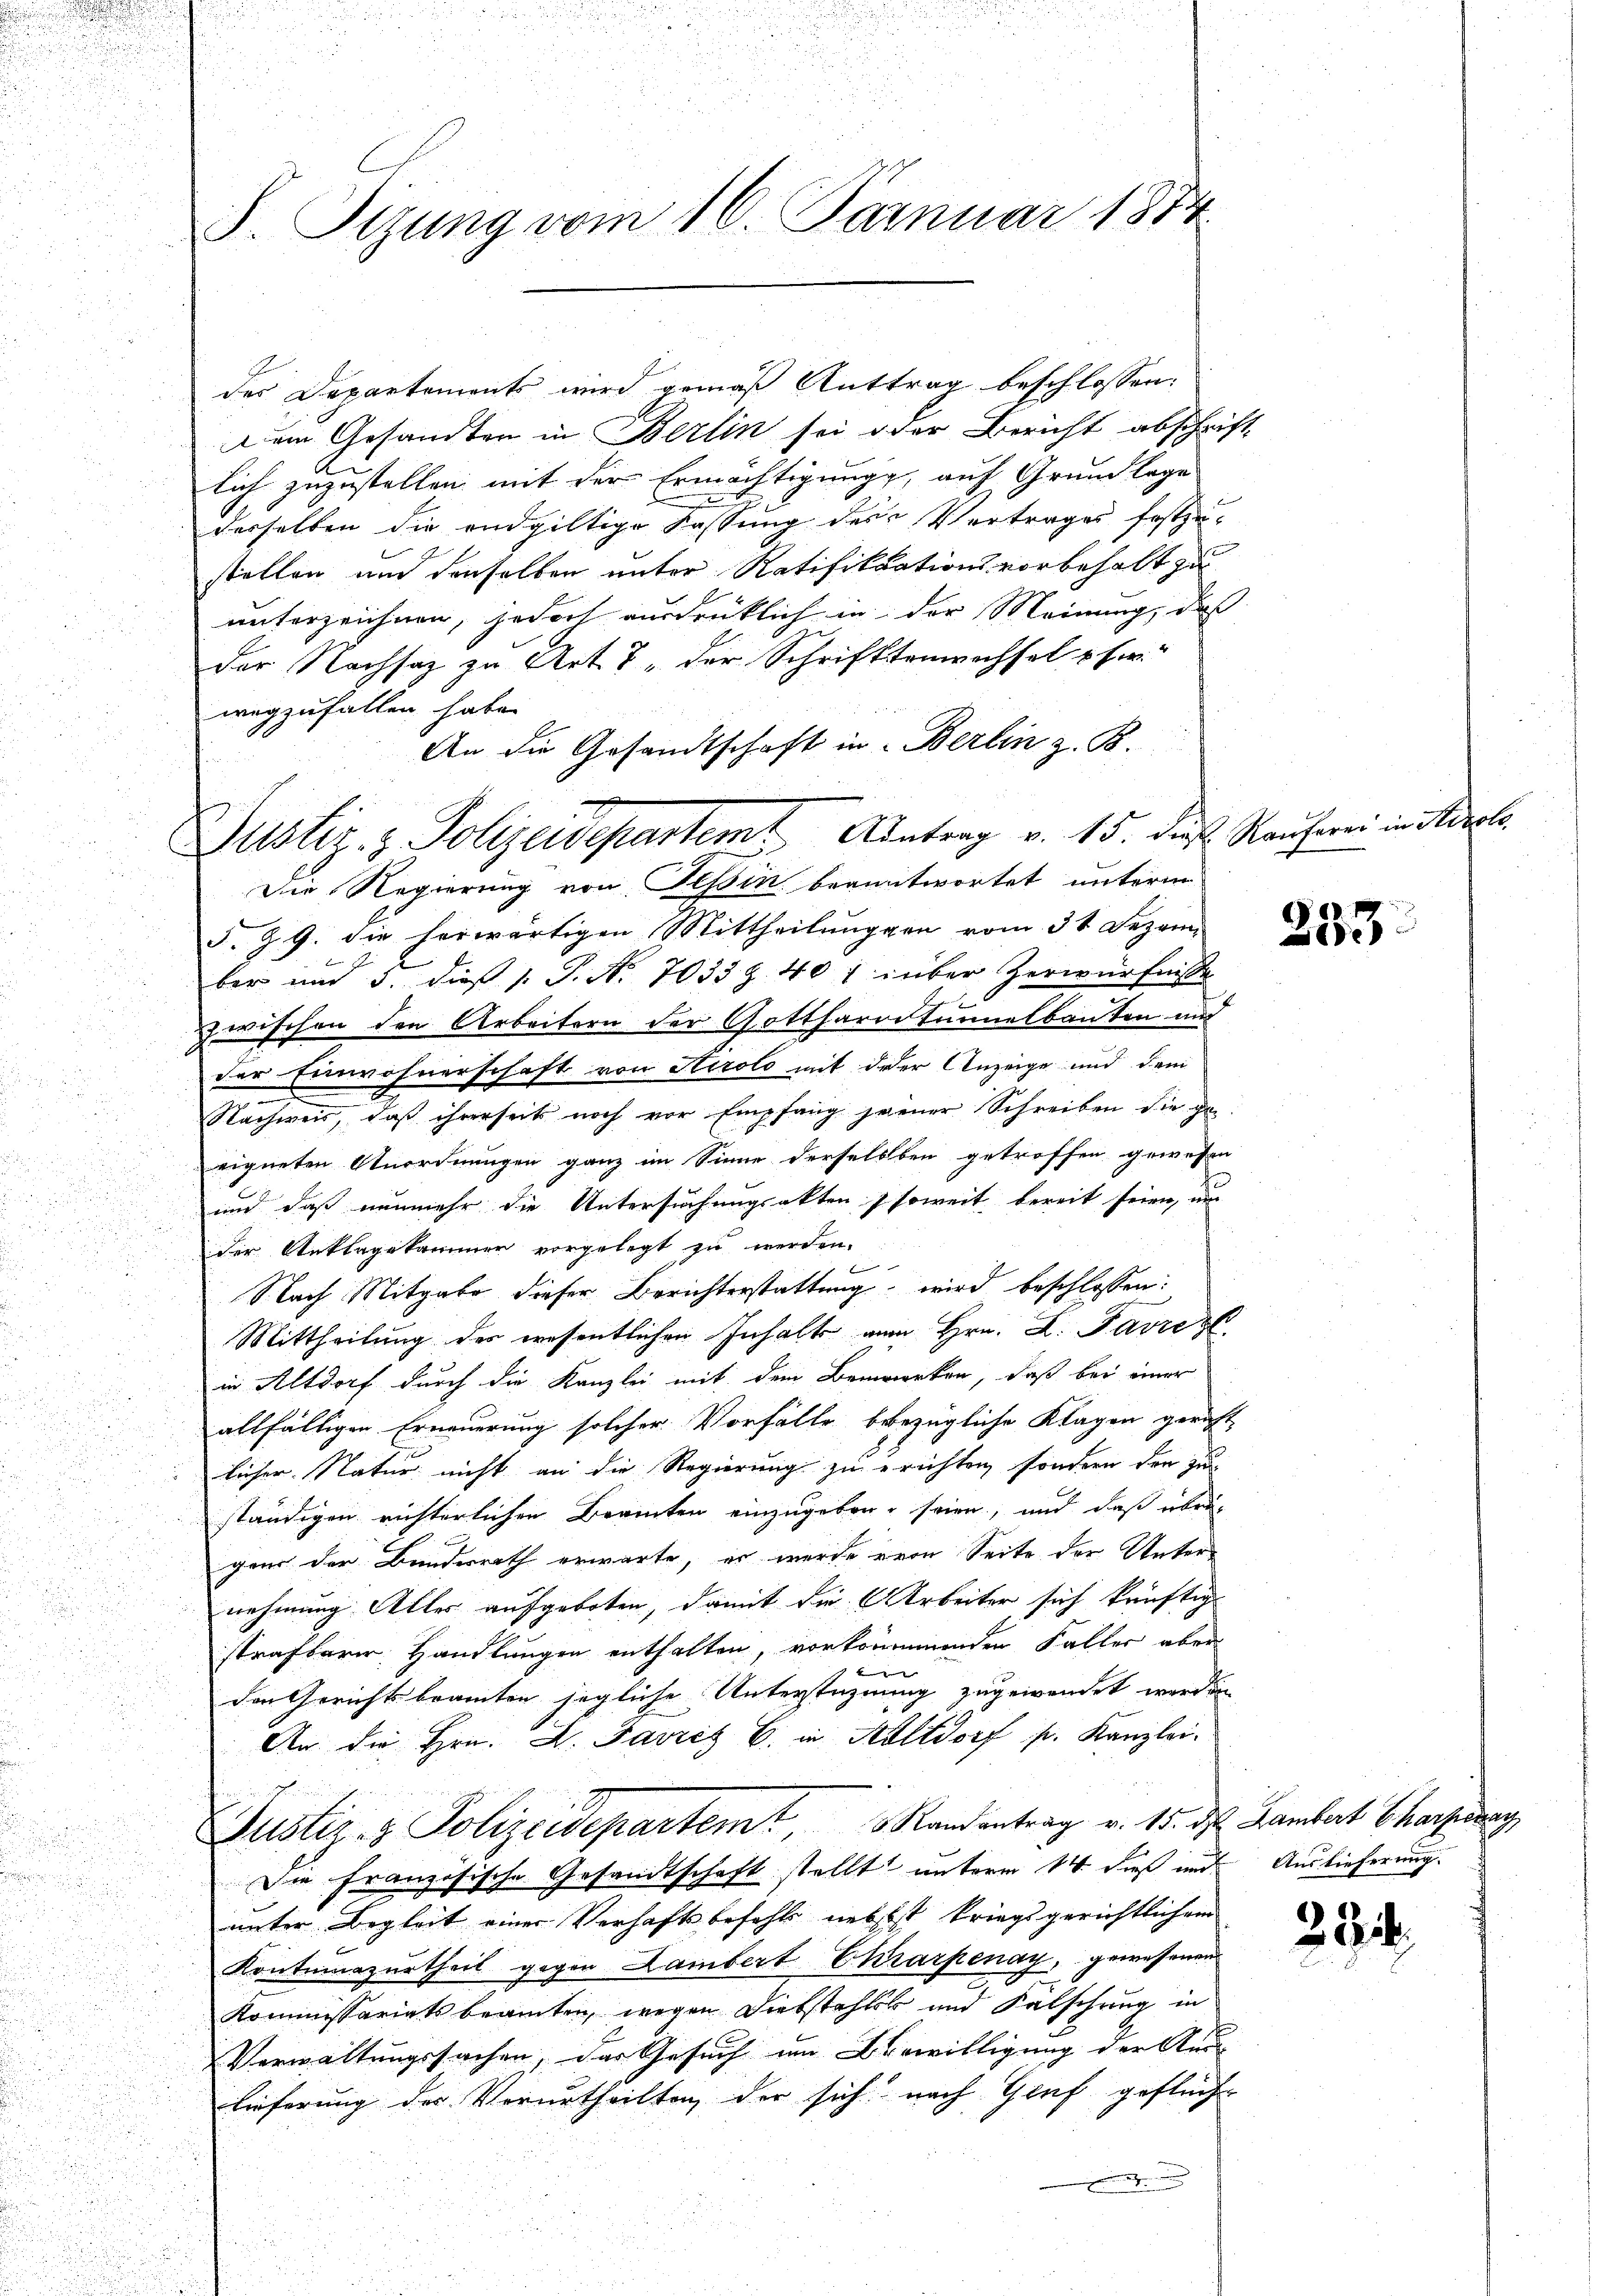
S. Tizung vom 16. Farnuar 1874.

Justiz- & Polizeidepartemt Antrag v. 15. das Rauherei in Airole

des Departements wird gemäß Anttrag beschlossen:
Dem Gesandten in Berlin sei oder Bericht abschrift-
lich zuzustellen mit der Ermächtigung, auf Grundlage
desselben die endgültige Fassung des Vertrages festzu-
stellen und denselben unter Ratifikations vorbehalt zu
unterzeichnen, jedoch ausdrücklich in der Meinung, daß
der Nachsatz zu Art. 7, der Schriftenwechsel per
wegzufallen habe.
An die Gesandtschaft in Berlin z. B.
Die Regierung von Tessin beantwortet unterm
§. 9. die herwärtigen Mittheilungen vom 31 Dezem
ber und 5. dieß s. P. Nr. 7033 § 407 über Zerwürfnisse
zwischen den Arbeitern der Gotthardtunnelbauten und
der Einwohnerschaft von Hirolo mit der Anzeige und dem
Nachweis, daß ihrerseits noch vor Empfang jener Schreiben die ge-
eigneten Anordnungen ganz im Sinne derselben getroffen gewesen
und daß nunmehr die Untersuchungsakten soweit bereit seien, um
u
der Anklagekammer vorgelegt zu werden.

Nach Mitgabe dieser Berichterstattung wird beschlossen:
Mittheilung der wesentlichen Inhalte vom Hrn. D. Favrez.
in Altdorf durch die Kanzlei mit dem Bemerken, daß bei einer
allfälligen Erneuerung solcher Vorfälle bezügliche Klagen gericht
licher Natur nicht an die Regierung zu erichten, sondern den zu
ständigen richterlichen Beamten einzugeben seien, und daß übergens der Bundesrath erwarte, er werde von Seite der Unter
nehmung Aller aufgeboten, damit die Arbeiter sich künftig
strafbarer Handlungen enthalten, vorkommenden Faller aber
2
den Gerichtsbeamten jegliche Unterstehnung zugewendet werden
An die Hrn. F. Favres C. in Altdorf pr. Kanzlei.
Justiz- & Polizeidepartemt, Randantrag v. 15. ds. Lambert Charpissar,
Die Französische Gesandtschaft stellt unterm 14. dieß und Auslieferung.
unter Begleit einer Verhaftsbefehls nebst kriegsgerichtlichem
Kontumazurtheil gegen Lambert Ekarpenay, gewesenen
Kommissariatsbeamten, wegen Diebstahlet und Falschung in
Verwaltungssachen, der Gesuch im Bewilligung der Aus-
lieferung der Verurtheilten, der sich nach Genf geflücht

233.

29